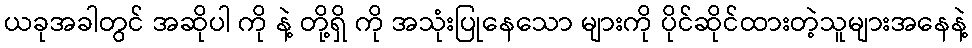
ယခုအခါတွင် အဆိုပါ ကို နဲ့ တို့ရှိ ကို အသုံးပြုနေသော များကို ပိုင်ဆိုင်ထားတဲ့သူများအနေနဲ့